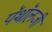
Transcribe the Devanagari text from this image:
पॅथॉलजी